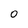
Character: 0